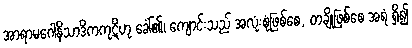
အာရာမဂေါနိသာဒိကကုဋိဟု ခေါ်၏၊ ကျောင်းသည် အလုံးစုံဖြစ်စေ, တချို့ဖြစ်စေ အရံ ရှိ၍